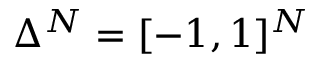
\Delta ^ { N } = [ - 1 , 1 ] ^ { N }